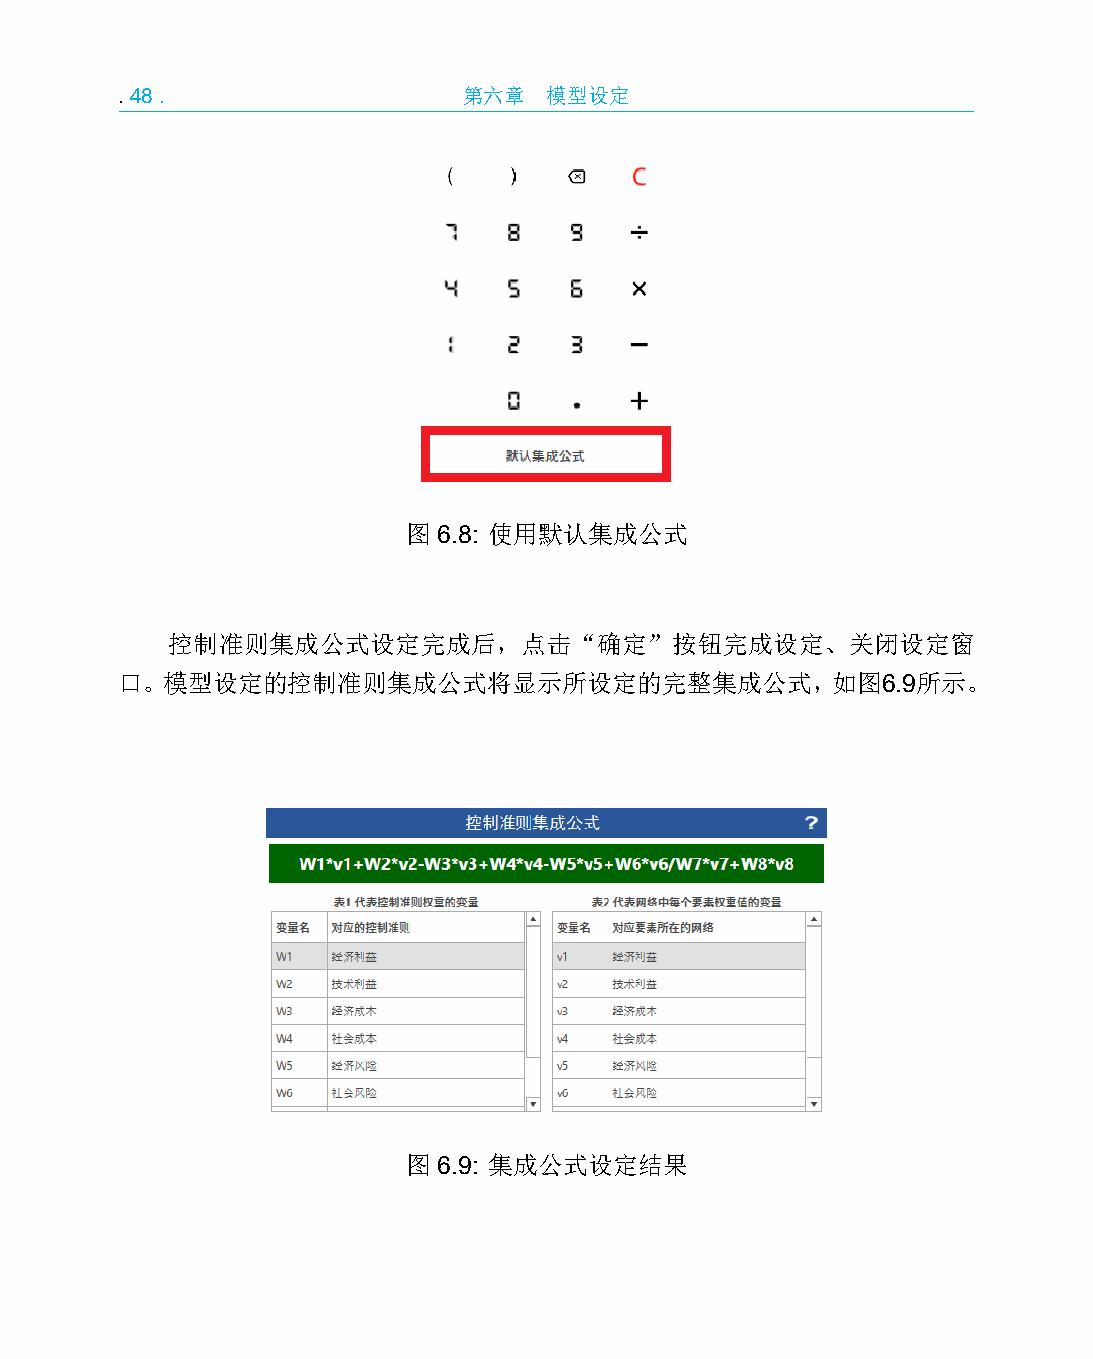
.48.                   第六章  模型设定
 图 6.8: 使用默认集成公式
 控制准则集成公式设定完成后，点击“确定”按钮完成设定、关闭设定窗
 口。模型设定的控制准则集成公式将显示所设定的完整集成公式，如图6.9所示。
 图 6.9: 集成公式设定结果